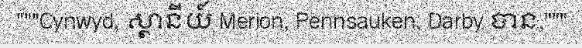
"""Cynwyd, ស្ថានីយ៍ Merion, Pennsauken, Darby បាន,"""